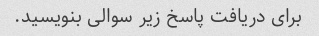
برای دریافت پاسخ زیر سوالی بنویسید.